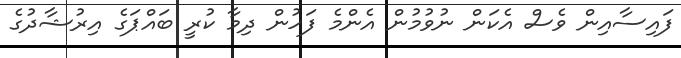
ފައިސާއިން ވެސް އެކަން ނުވުމުން އެންމެ ފަހުން ދިމާ ކުރީ ބައްޕަގެ އިރުޝާދުގެ